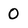
Character: O